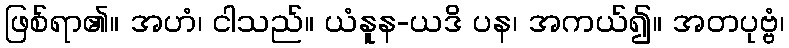
ဖြစ်ရာ၏။ အဟံ၊ ငါသည်။ ယံနူန-ယဒိ ပန၊ အကယ်၍။ အတပုဗ္ဗံ၊